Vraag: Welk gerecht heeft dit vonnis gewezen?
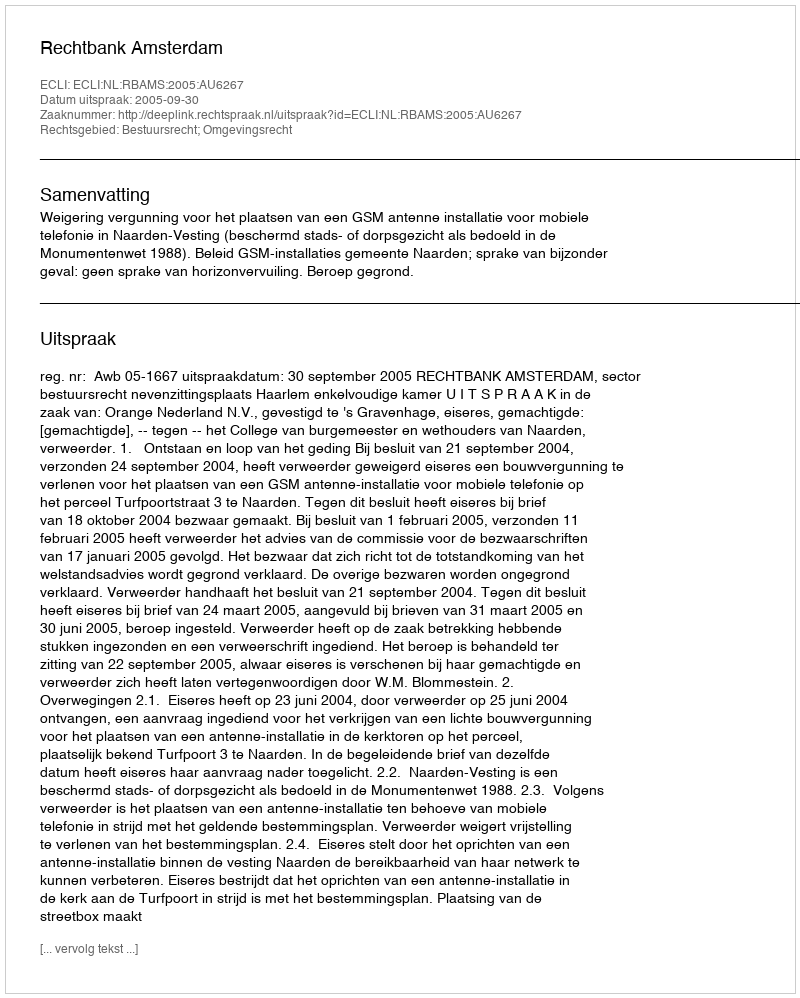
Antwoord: Rechtbank Amsterdam